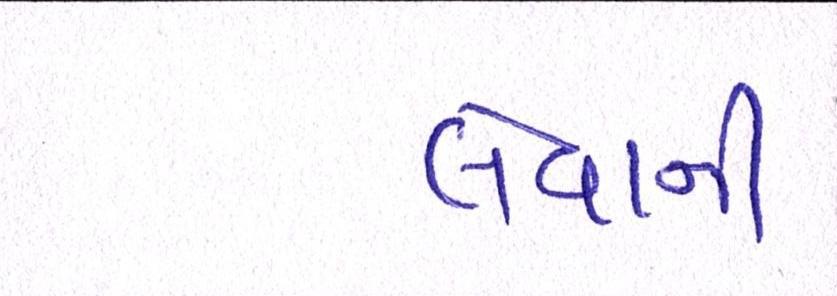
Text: લેવાની